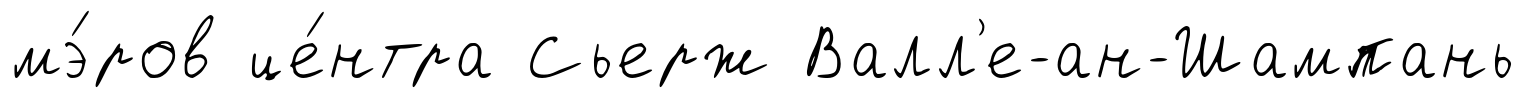
мэ́ров це́нтра Сьерж Валл'е-ан-Шампань